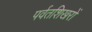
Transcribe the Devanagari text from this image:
पर्वतशिखरों